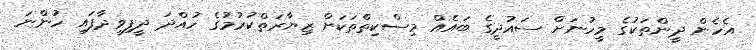
އެހެން ދީންތަކުގެ މީހުނަށް ސައުދީގެ ބައެއް މިސްކިތްތަކަށް ޒިޔާރަތްކުރުމުގެ ހުއްދަ ދީފިވީދާފައި ހުންނަ